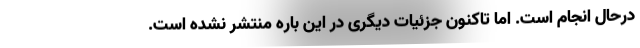
درحال انجام است. اما تاکنون جزئیات دیگری در این باره منتشر نشده است.